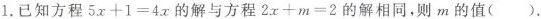
1.已知方程$$5 x + 1 = 4 x$$的解与方程$$2 x + m = 2$$的解相同，则m的值()。